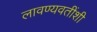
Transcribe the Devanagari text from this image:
लावण्यवतींशी